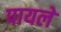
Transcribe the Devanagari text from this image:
पायले